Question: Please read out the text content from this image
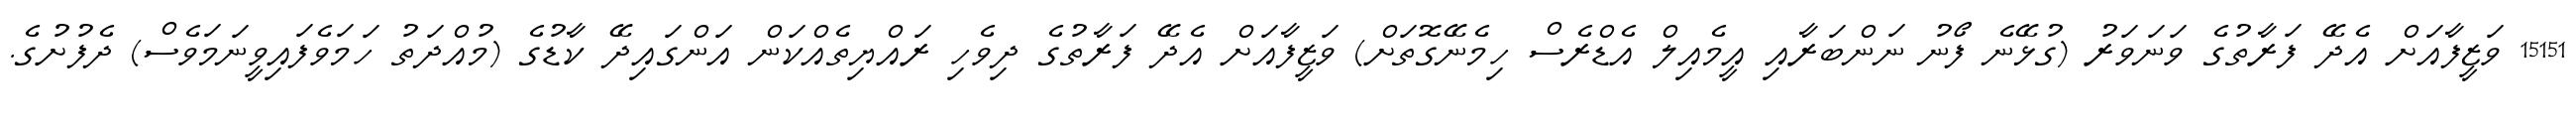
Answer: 15151 ވަޒީފާއަށް އެދޭ ފަރާތުގެ ވަނަވަރު (ގުޅޭނެ ފޯނު ނަންބަރާއި އީމެއިލް އެޑްރެސް ހިމެނޭގޮތަށް) ވަޒީފާއަށް އެދޭ ފަރާތުގެ ދިވެހި ރައްޔިތެއްކަން އަންގައިދޭ ކާޑުގެ (މުއްދަތު ހަމަވެފައިވީނަމަވެސް) ދެފުށުގެ.